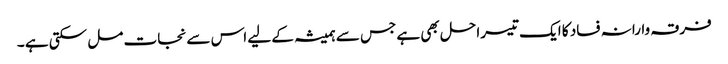
فرقہ وارانہ فساد کا ایک تیسرا حل بھی ہے جس سے ہمیشہ کے لیے اس سے نجات مل سکتی ہے ۔